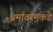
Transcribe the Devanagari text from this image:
धर्मावरमकडे